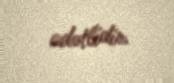
adətlidir.